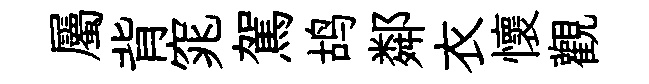
屬背窕駕鸪鄰衣懷觀